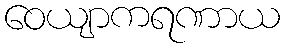
ဝေယျာကရဏာယ